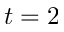
t = 2